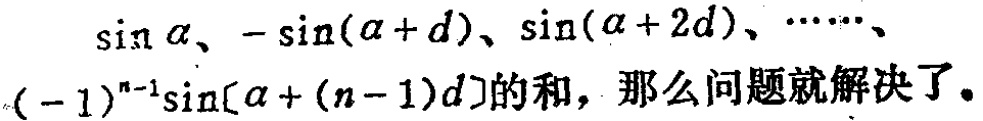
\(\sin\alpha、-\sin(\alpha + d)、\sin(\alpha + 2d)、\cdots\cdots、(-1)^{n - 1}\sin[\alpha + (n - 1)d]\)